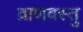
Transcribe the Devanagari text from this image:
व्राणवस्तु